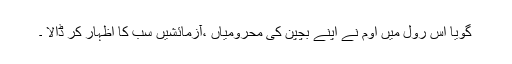
گویا اس رول میں اوم نے اپنے بچپن کی محرومیاں ،آزمائشیں سب کا اظہار کر ڈالا ۔